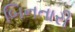
બિનતારી